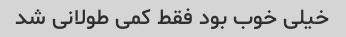
خیلی خوب بود فقط کمی طولانی شد